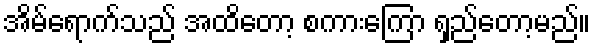
အိမ်ရောက်သည် အထိတော့ စကားကြော ရှည်တော့မည်။